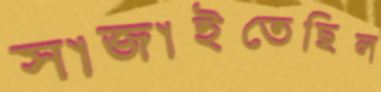
সাজাইতেছিল